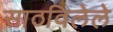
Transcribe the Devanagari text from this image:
साठविलेले